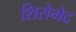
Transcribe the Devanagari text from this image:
शिरोभेद